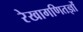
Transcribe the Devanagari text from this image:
रेखागणितज्ञों